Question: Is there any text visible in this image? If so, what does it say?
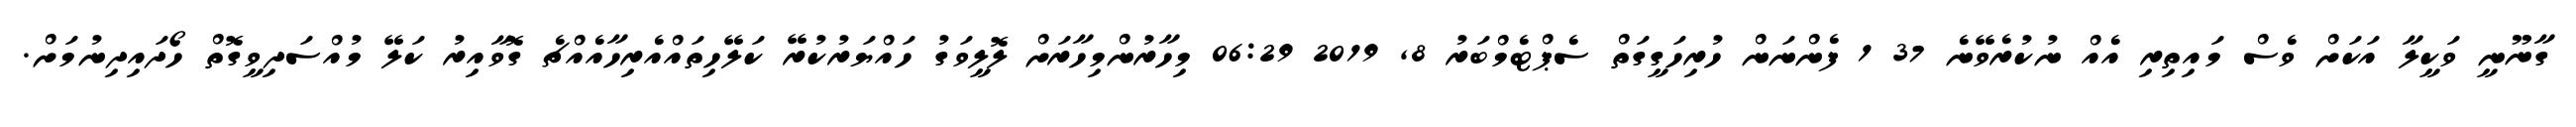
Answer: ގާނޫނީ ވަކީލާ އަކަށް ވެސް މައިތިރި އެއް ނުކުރެވޭނެ 37 1 ފެންނަން ހުރިހަގީގަތް ސެޕްޓެމްބަރު 8, 2019 06:29 މިހާރުންމިހާރަށް ލޮލީވަގު ހައްޔަރުކުރޭ ކަލޭހިތައްއެރިހާއެއްޗެ ގޮވާއިރު ކަލޭ މުއްސަދިވީގޮތް ހޯދައިދިނުމަށް.